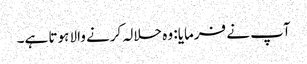
آپ نے فرمایا: وہ حلالہ کرنے والا ہوتا ہے۔